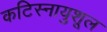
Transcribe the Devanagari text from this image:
कटिस्नायुशूल